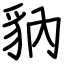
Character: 豽